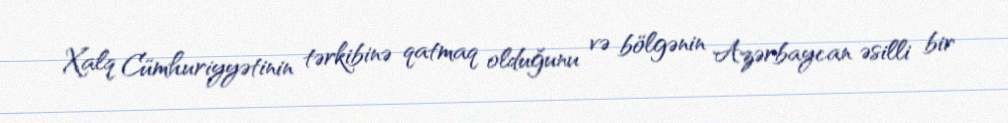
Xalq Cümhuriyyətinin tərkibinə qatmaq olduğunu və bölgənin Azərbaycan əsilli bir